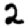
Digit: 2